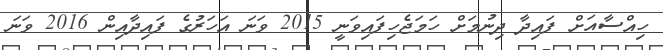
ހިއްސާއަށް ފައިދާ ދިނުމަށް ހަމަޖެހިފައިވަނީ 2015 ވަނަ އަހަރުގެ ފައިދާއިން 2016 ވަނަ